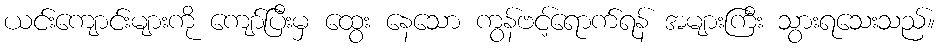
ယင်းကျောင်းများကို ကျော်ပြီးမှ ထွေး နေသော ကွန်ဗင့်ရောက်ရန် အများကြီး သွားရသေးသည်။